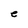
Character: e